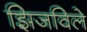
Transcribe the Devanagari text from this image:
झिजविले